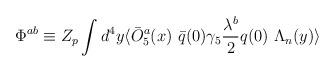
\begin{align*}\Phi^{ab} \equiv Z_p\int d^4 y\langle\bar O^a_5(x) \ \bar q(0) \gamma_5 {\lambda^b \over 2} q(0) \ \Lambda_n (y)\rangle\end{align*}